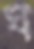
ঘ